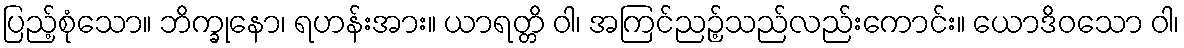
ပြည့်စုံသော။ ဘိက္ခုနော၊ ရဟန်းအား။ ယာရတ္တိ ဝါ၊ အကြင်ညဉ့်သည်လည်းကောင်း။ ယောဒိဝသော ဝါ၊